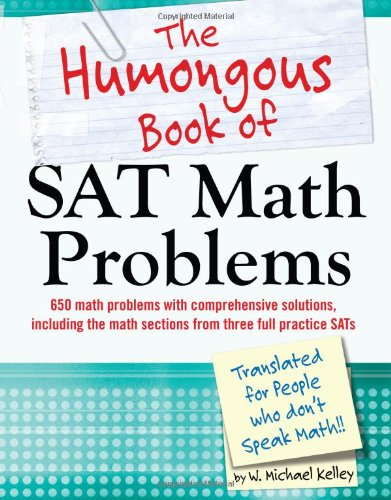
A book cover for The Humongous Book of SAT Math Problems; W. Michael Kelley; Test Preparation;